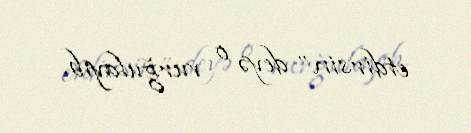
etdirsin” deyə o vurğulayıb.